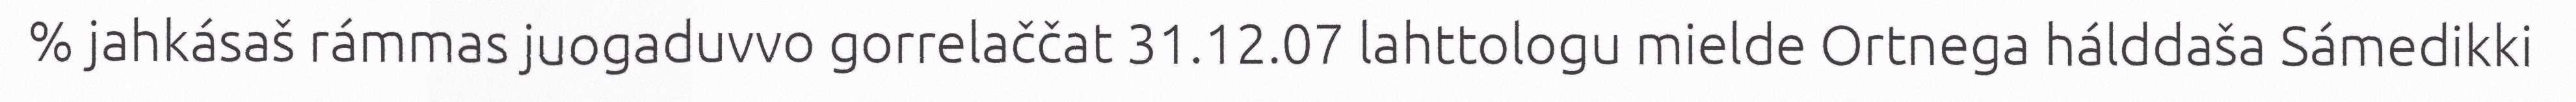
% jahkásaš rámmas juogaduvvo gorrelaččat 31.12.07 lahttologu mielde Ortnega hálddaša Sámedikki